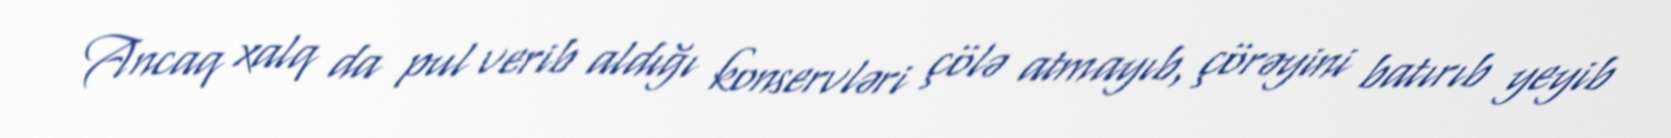
Ancaq xalq da pul verib aldığı konservləri çölə atmayıb, çörəyini batırıb yeyib